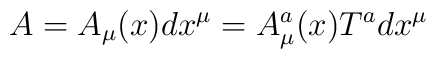
A =A_{\mu}(x)dx^{\mu} =A^{a}_{\mu}(x)T^{a}dx^{\mu}